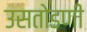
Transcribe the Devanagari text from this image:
उसतोडणी